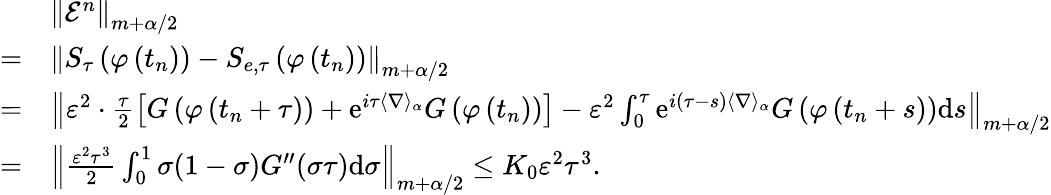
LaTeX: \begin{array}{rl}&{\left\| \mathcal{E}^{n}\right\| _{m+\alpha/2}}\\ {=}&{\left\| S_{\tau}\left(\varphi\left(t_{n}\right)\right)-S_{e,\tau}\left(\varphi\left(t_{n}\right)\right)\right\| _{m+\alpha/2}}\\ {=}&{\left\| \varepsilon^{2}\cdot\frac{\tau}{2}\left[G\left(\varphi\left(t_{n}+\tau\right)\right)+\textrm{e}^{i\tau\langle\nabla\rangle_{\alpha}}G\left(\varphi\left(t_{n}\right)\right)\right]-\varepsilon^{2}\int_{0}^{\tau}\textrm{e}^{i(\tau-s)\langle\nabla\rangle_{\alpha}}G\left(\varphi\left(t_{n}+s\right)\right)\textrm{d}s\right\| _{m+\alpha/2}}\\ {=}&{\left\| \frac{\varepsilon^{2}\tau^{3}}{2}\int_{0}^{1}\sigma(1-\sigma)G^{\prime\prime}(\sigma\tau)\textrm{d}\sigma\right\| _{m+\alpha/2}\leq K_{0}\varepsilon^{2}\tau^{3}.}\end{array}